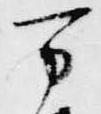
万